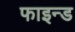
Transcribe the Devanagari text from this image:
फाइन्ड